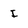
Character: I